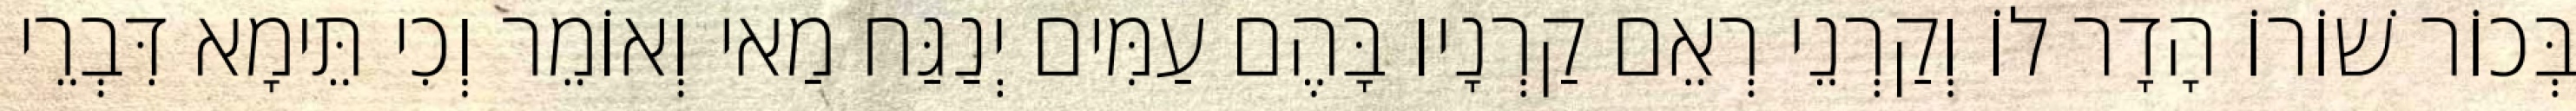
בְּכוֹר שׁוֹרוֹ הָדָר לוֹ וְקַרְנֵי רְאֵם קַרְנָיו בָּהֶם עַמִּים יְנַגַּח מַאי וְאוֹמֵר וְכִי תֵּימָא דִּבְרֵי